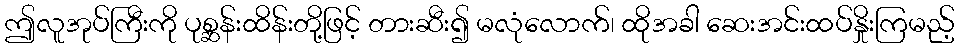
ဤလူအုပ်ကြီးကို ပုစ္ဆန်းထိန်းတို့ဖြင့် တားဆီး၍ မလုံလောက်၊ ထိုအခါ ဆေးအင်းထပ်နှိုးကြမည့်